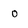
Character: 0